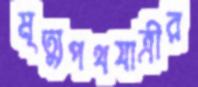
মৃত্যুপথযাত্রীর